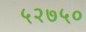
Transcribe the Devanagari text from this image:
५२७५०